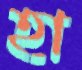
হা